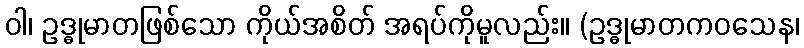
ဝါ၊ ဥဒ္ဓုမာတဖြစ်သော ကိုယ်အစိတ် အရပ်ကိုမူလည်း။ (ဥဒ္ဓုမာတကဝသေန၊